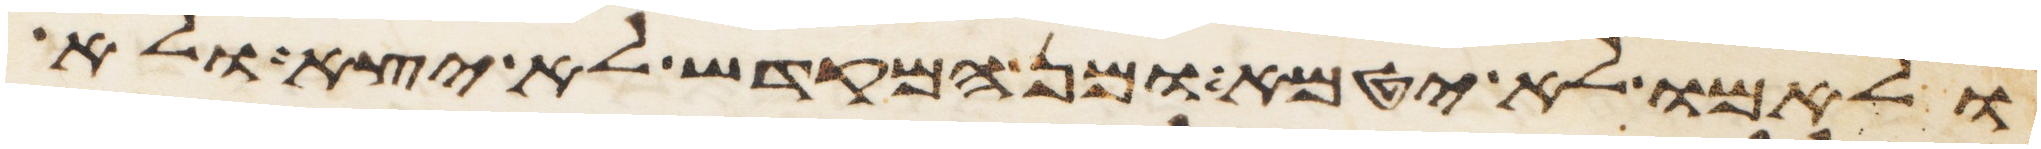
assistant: ולאמו לא יטמא ומן המקדש לא יצא ולא